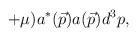
LaTeX: \begin{align*}+\mu )a^{*}(\vec{p})a(\vec{p})d^{3}p,\quad\end{align*}